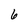
Character: 6